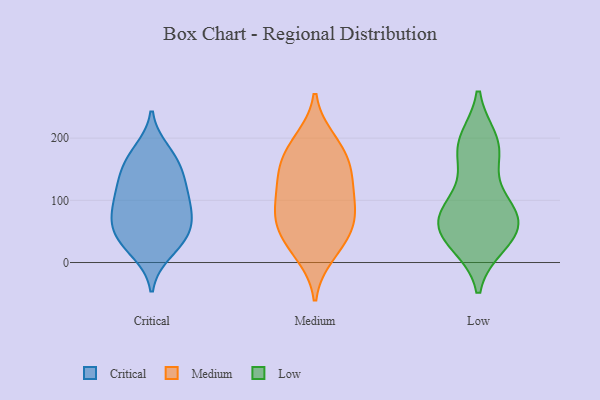
{"axis": {"x": "Market Share (%)", "y": "Value"}, "legend": ["Critical", "Low", "Medium"], "data": [{"x": "", "y": 155, "type": "Critical"}, {"x": "", "y": 35, "type": "Critical"}, {"x": "", "y": 140, "type": "Critical"}, {"x": "", "y": 102, "type": "Critical"}, {"x": "", "y": 130, "type": "Critical"}, {"x": "", "y": 179, "type": "Critical"}, {"x": "", "y": 65, "type": "Critical"}, {"x": "", "y": 63, "type": "Critical"}, {"x": "", "y": 105, "type": "Critical"}, {"x": "", "y": 100, "type": "Critical"}, {"x": "", "y": 74, "type": "Critical"}, {"x": "", "y": 169, "type": "Critical"}, {"x": "", "y": 32, "type": "Critical"}, {"x": "", "y": 17, "type": "Critical"}, {"x": "", "y": 51, "type": "Critical"}, {"x": "", "y": 185, "type": "Medium"}, {"x": "", "y": 142, "type": "Medium"}, {"x": "", "y": 196, "type": "Medium"}, {"x": "", "y": 168, "type": "Medium"}, {"x": "", "y": 14, "type": "Medium"}, {"x": "", "y": 47, "type": "Medium"}, {"x": "", "y": 87, "type": "Medium"}, {"x": "", "y": 62, "type": "Medium"}, {"x": "", "y": 88, "type": "Medium"}, {"x": "", "y": 133, "type": "Medium"}, {"x": "", "y": 135, "type": "Medium"}, {"x": "", "y": 81, "type": "Medium"}, {"x": "", "y": 31, "type": "Medium"}, {"x": "", "y": 180, "type": "Low"}, {"x": "", "y": 31, "type": "Low"}, {"x": "", "y": 30, "type": "Low"}, {"x": "", "y": 51, "type": "Low"}, {"x": "", "y": 52, "type": "Low"}, {"x": "", "y": 195, "type": "Low"}, {"x": "", "y": 196, "type": "Low"}, {"x": "", "y": 97, "type": "Low"}, {"x": "", "y": 57, "type": "Low"}, {"x": "", "y": 87, "type": "Low"}, {"x": "", "y": 76, "type": "Low"}, {"x": "", "y": 81, "type": "Low"}, {"x": "", "y": 166, "type": "Low"}]}